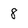
Character: 8